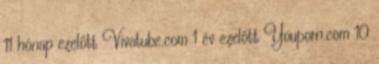
11 hónap ezelőtt Vivatube.com 1 év ezelőtt Youporn.com 10